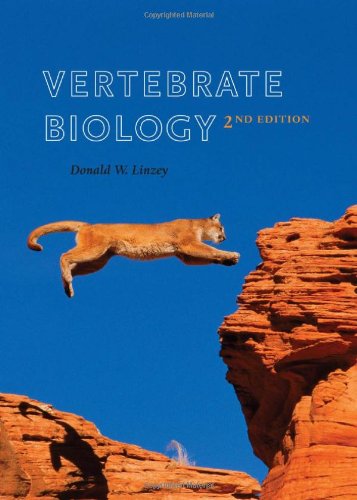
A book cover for Vertebrate Biology; Donald W. Linzey; Science & Math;